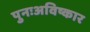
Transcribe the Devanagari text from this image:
पुनःअविष्कार